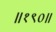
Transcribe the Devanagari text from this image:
॥१९०॥